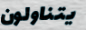
يتناولون